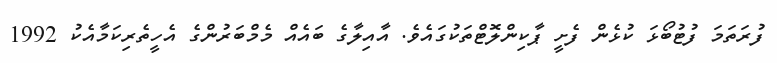
ފުރަތަމަ ފުޓުބޯޅަ ކުޅެން ފެށީ ޕާކިންލޮޓްތަކުގައެވެ. އާއިލާގެ ބައެއް މެމްބަރުންގެ އެހީތެރިކަމާއެކު 1992